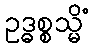
ဥဒ္ဓစ္စသ္မိံ